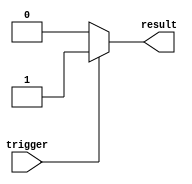
module Generate_Task (
    input trigger,
    output result
);

always @ (trigger) begin
    if (trigger == 1) begin
        // Task Generation Logic
        result <= 1; // Output result of the task
    end else begin
        result <= 0;
    end
end

endmodule